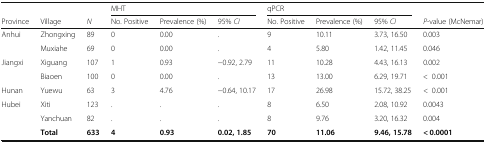
|  |  |  | <COLSPAN=3> MHT | <COLSPAN=3> qPCR |  |
 | Province | Village | N | No. Positive | Prevalence (%) | 95% CI | No. Positive | Prevalence (%) | 95% CI | P-value (McNemar) |
 | --- | --- | --- | --- | --- | --- | --- | --- | --- | --- |
 | <ROWSPAN=2> Anhui | Zhongxing | 89 | 0 | 0.00 | . | 9 | 10.11 | 3.73, 16.50 | 0.003 |
 | Muxiahe | 69 | 0 | 0.00 | . | 4 | 5.80 | 1.42, 11.45 | 0.046 |
 | <ROWSPAN=2> Jiangxi | Xiguang | 107 | 1 | 0.93 | −0.92, 2.79 | 11 | 10.28 | 4.43, 16.13 | 0.002 |
 | Biaoen | 100 | 0 | 0.00 | . | 13 | 13.00 | 6.29, 19.71 | <0.001 |
 | Hunan | Yuewu | 63 | 3 | 4.76 | −0.64, 10.17 | 17 | 26.98 | 15.72, 38.25 | <0.001 |
 | <ROWSPAN=2> Hubei | Xiti | 123 | . | . | . | 8 | 6.50 | 2.08, 10.92 | 0.0043 |
 | Yanchuan | 82 | . | . | . | 8 | 9.76 | 3.20, 16.32 | 0.004 |
 |  | Total | 633 | 4 | 0.93 | 0.02, 1.85 | 70 | 11.06 | 9.46, 15.78 | < 0.0001 |